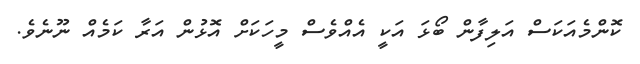
ކޮންމެއަކަސް އަލިފާން ބޯޅަ އަކީ އެއްވެސް މީހަކަށް އޮޅުން އަރާ ކަމެއް ނޫނެވެ.